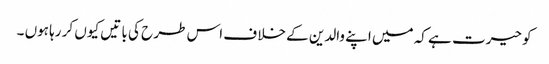
کو حیرت ہے کہ میں اپنے والدین کے خلا ف اس طر ح کی با تیں کیوں کر رہا ہوں ۔